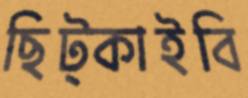
ছিট্‌কাইবি